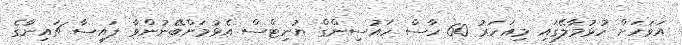
އަވަހަށް ހުޅުމާލޭގައި މިއަހަރު 60 ހާސް ހައުސިންގް ޔުނިޓްސް އެޅުމަށްބޭނުންވާ ފައިސާ ޗައިނާގެ